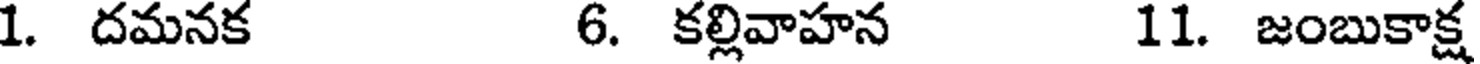
1. దమనక 6. కల్లివాహన 11. జంబుకాక్ష